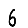
Digit: 6